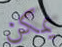
يمكن